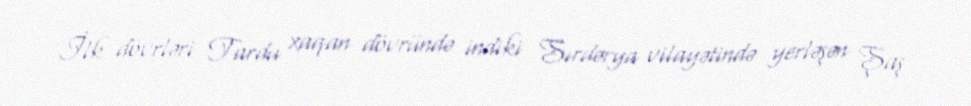
İlk dövrləri Tardu xaqan dövründə indiki Sırdərya vilayətində yerləşən Şaş